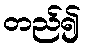
တည်၍